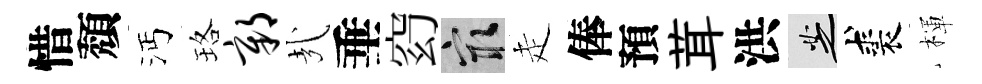
惜頽沔珞鄣㢤垂𥥆冣走俸預茸洪芝裘楎